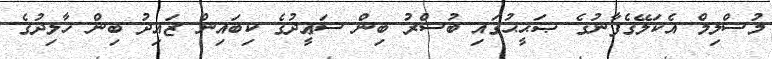
މުސްލިމް އެކަލޭގެފާނުގެ ޞަޙީޙުގައި ބުސްރު ބިން ސަޢީދުގެ ކިބައިން ޒައިދު ބިން ޚާލިދުގެ